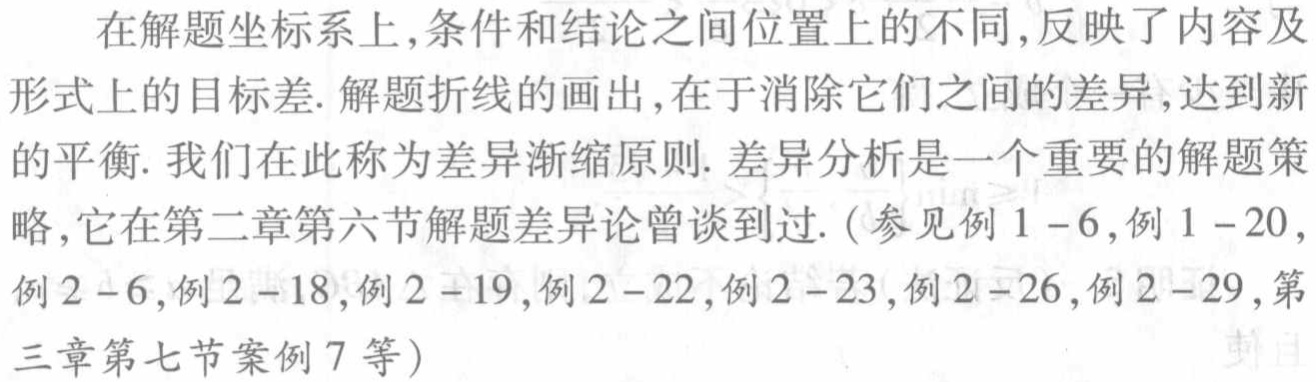
在解题坐标系上,条件和结论之间位置上的不同,反映了内容及形式上的目标差. 解题折线的画出,在于消除它们之间的差异,达到新的平衡. 我们在此称为差异渐缩原则. 差异分析是一个重要的解题策略,它在第二章第六节解题差异论曾谈到过. (参见例 \(1 - 6\),例 \(1 - 20\),例 \(2 - 6\),例 \(2 - 18\),例 \(2 - 19\),例 \(2 - 22\),例 \(2 - 23\),例 \(2 - 26\),例 \(2 - 29\),第三章第七节案例 \(7\)等)